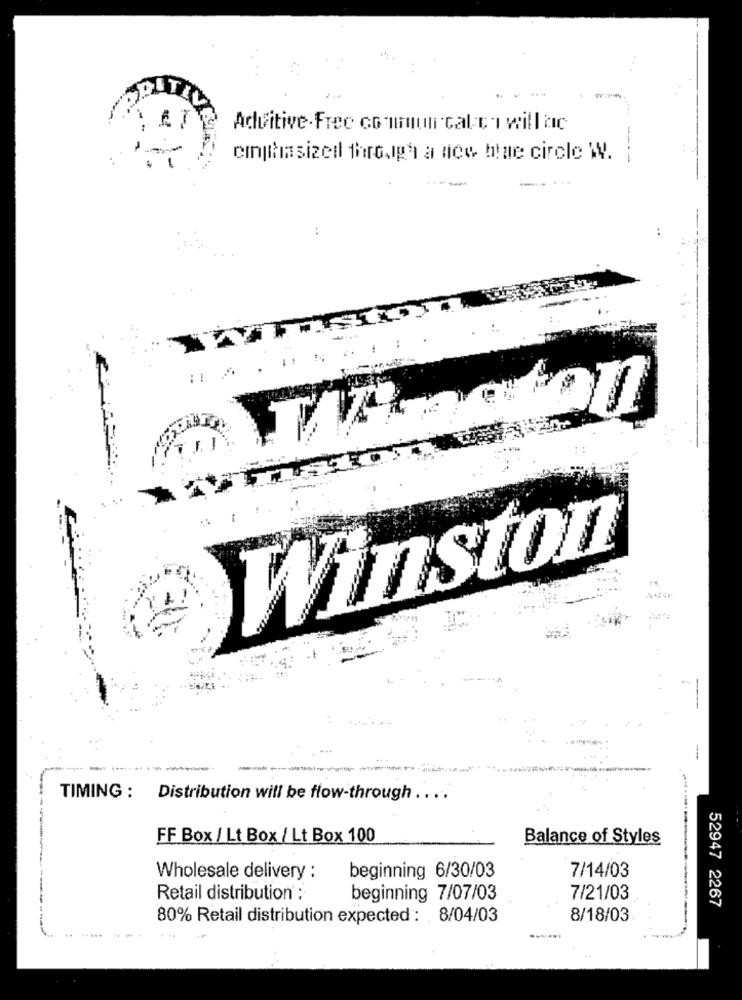
PITE
Additive.Free co muun cal e i will ac
cinghia sized through a nice hte circle W. ;
..
......
:
Winston
---
TIMING : Distribution will be flow-through .. ..
FF Box / Lt Box / Lt Box 100
Balance of Styles
7/14/03
Wholesale delivery :
beginning 6/30/03
Retail distribution :
beginning 7/07/03
7/21/03
52947 2267
80% Retail distribution expected : 8/04/03
8/18/03